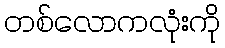
တစ်လောကလုံးကို